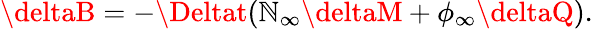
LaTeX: \deltaB=-\Deltat(\mathbb{N}_{\infty}\deltaM+\phi_{\infty}\deltaQ).